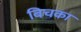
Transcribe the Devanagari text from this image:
बिचका